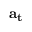
\mathbf { a } _ { \mathbf { t } }